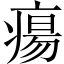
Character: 瘍